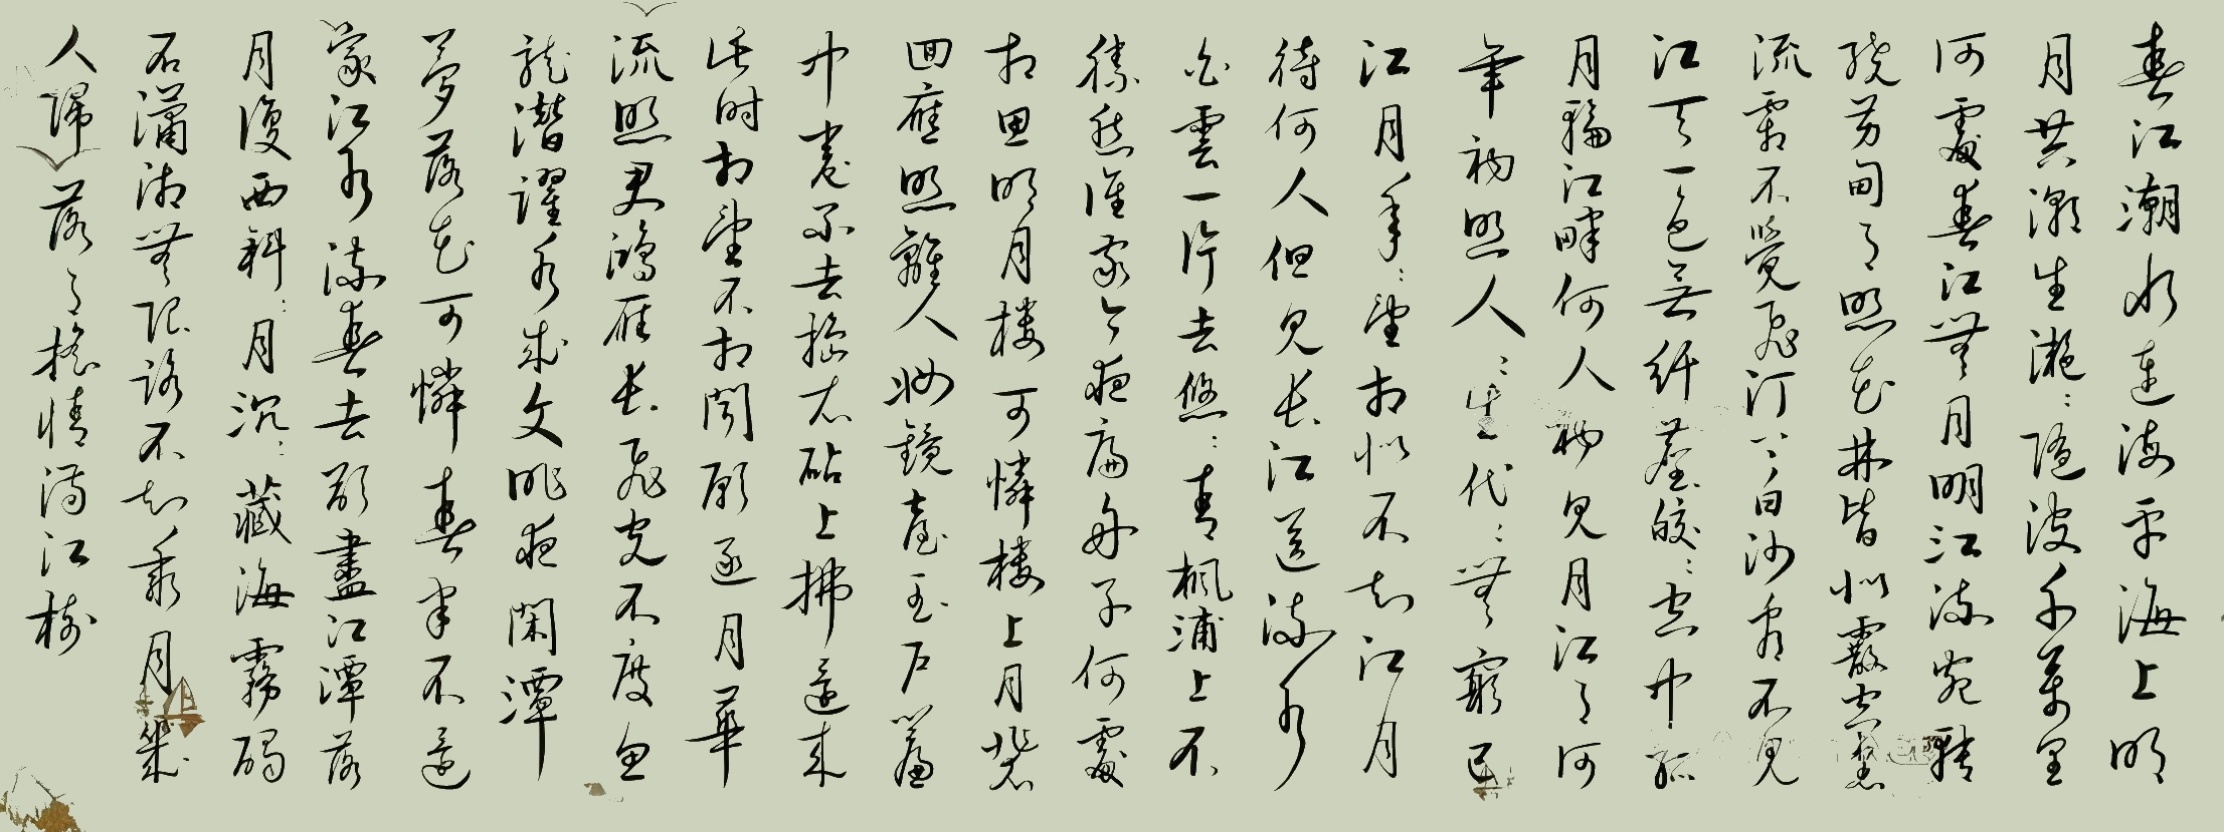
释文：春江潮水连海平，海上明月共潮生。滟滟随波千万里，何处春江无月明！江流宛转绕芳甸，月照花林皆似霰；空里流霜不觉飞，汀上白沙看不见。江天一色无纤尘，皎皎空中孤月轮。江畔何人初见月？江月何年初照人？人生代代无穷已，江月年年只相似。不知江月待何人，但见长江送流水。白云一片去悠悠，清枫浦上不胜愁。谁家今夜扁舟子？何处相思明月楼？可怜楼上月徘徊，应照离人妆镜台。玉户帘中卷不去，捣衣砧上拂还来。此时相望不相闻，愿逐月华流照君。鸿雁长飞光不度，鱼龙潜跃水成文。昨夜闲潭梦落花，可怜春半不还家。江水流春去欲尽，江潭落月复西斜。斜月沉沉藏海雾，碣石潇湘无限路。不知乘月几人归，落月摇情满江树。陆祥福